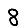
Digit: 8